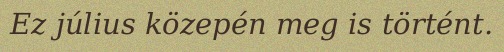
Ez július közepén meg is történt.